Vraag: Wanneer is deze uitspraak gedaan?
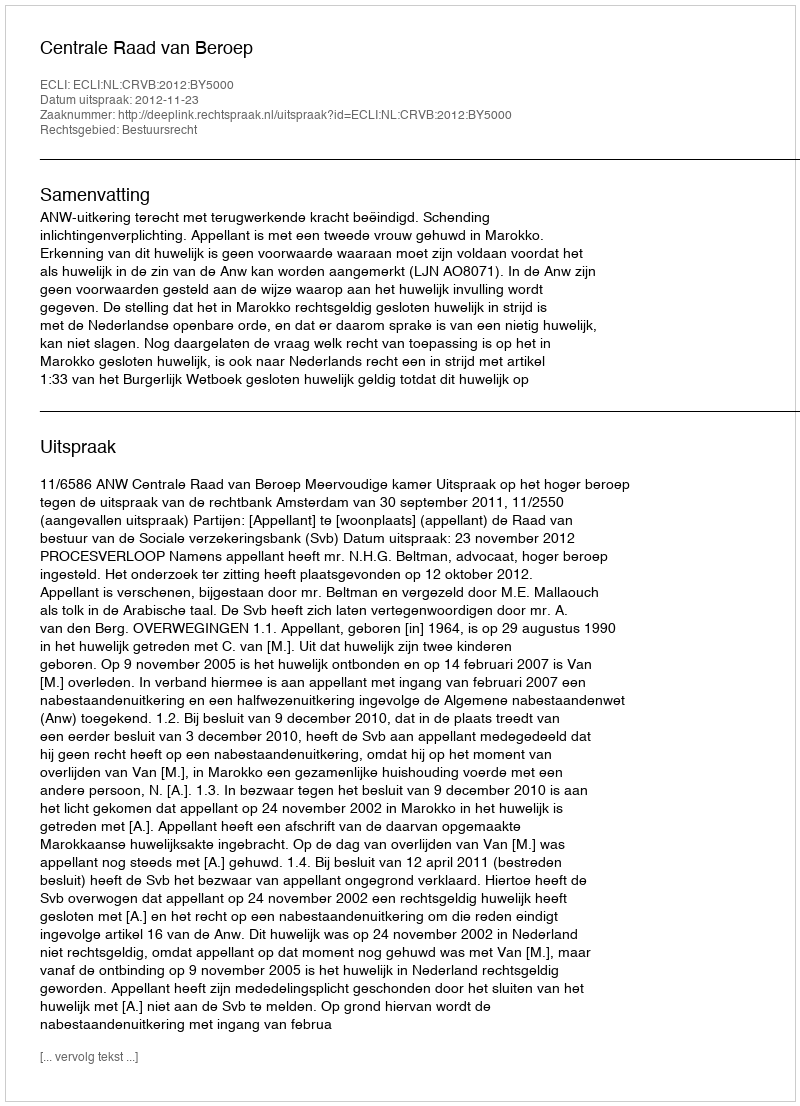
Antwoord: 2012-11-23